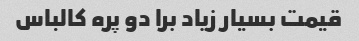
قیمت بسیار زیاد برا دو پره کالباس